Eesti_Rahvusfond, lk 30
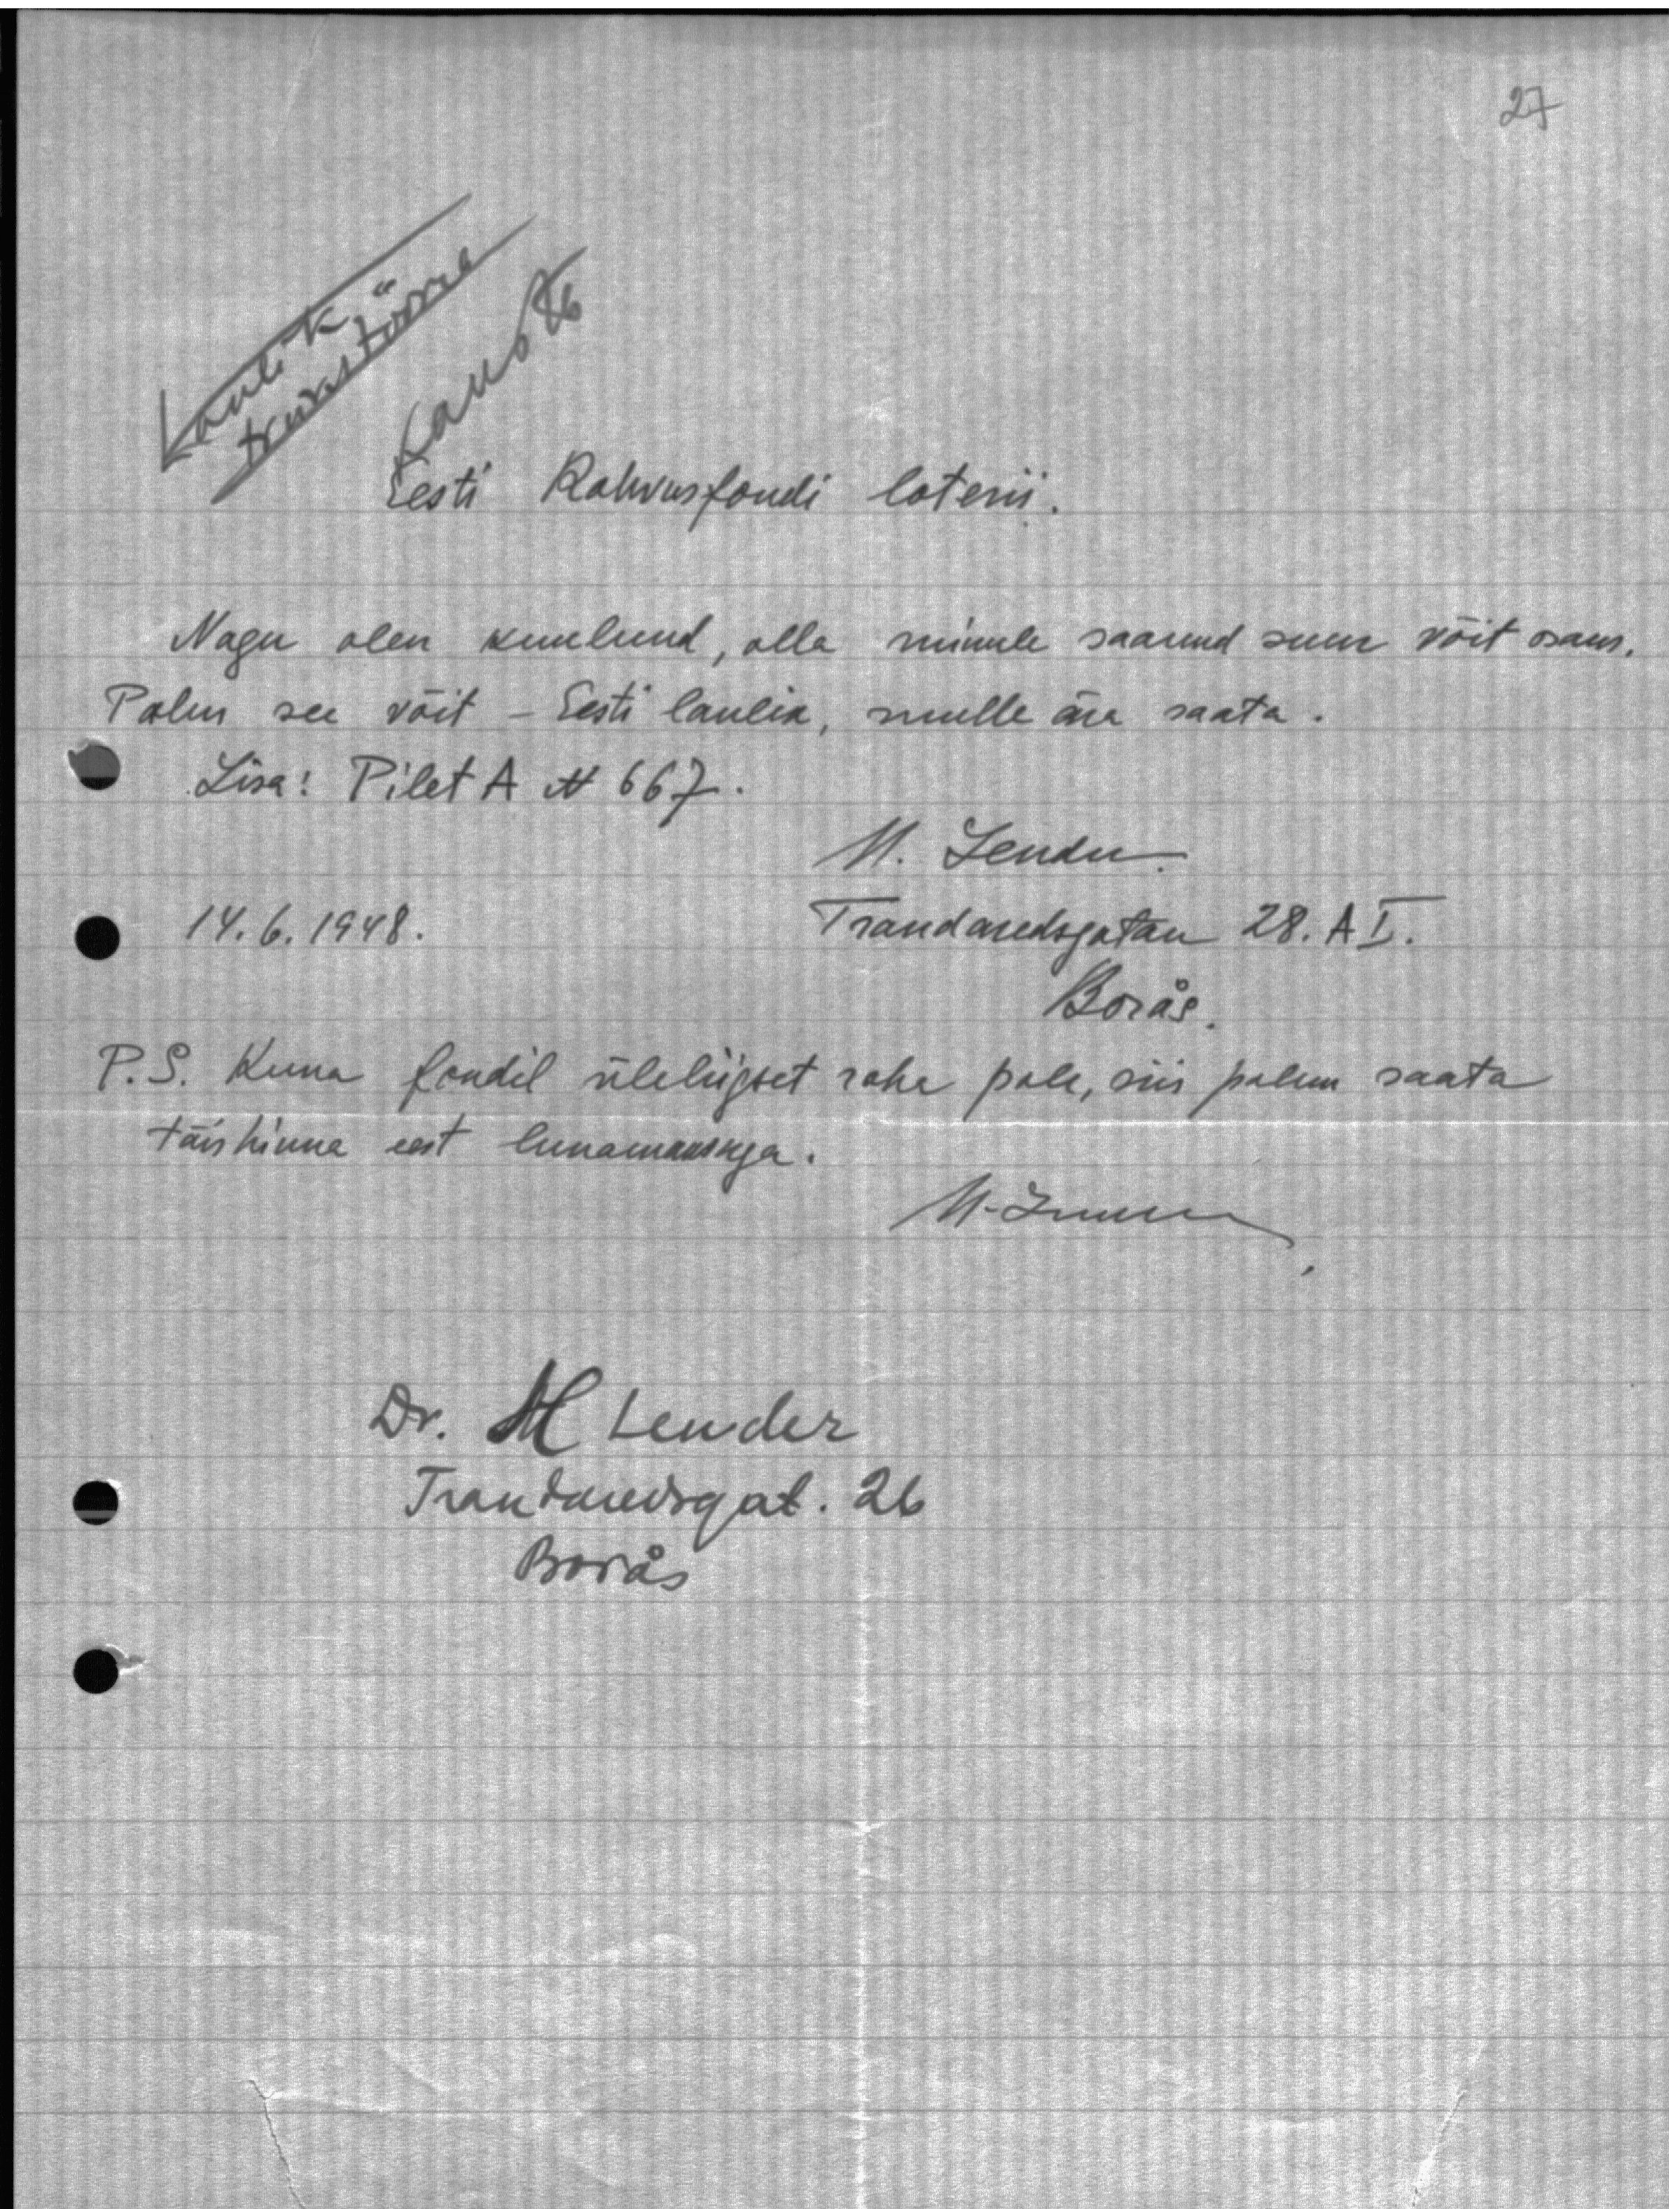
Eesti Rahvusfondi loterii.
Nagu olen kuulund, olla minule saanud suur võit osaks.
Palun see võit - Eesti laulik, mulle ära saata.
Lisa: Pilet A N 667.
H. Lender
14.6.1948.
Traudaredsgatan 28. A I.
Boras
P. S. Kuna fondil üleliigset raha pole, siis palun saata
täishinna eest lunamaksuga.
M. Juum
Dr. H. Lender
Traudaredsgat. 26
Boras